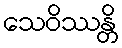
သေဝိဿန္တိ